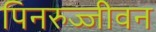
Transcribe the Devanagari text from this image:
पिनरुज्जीवन